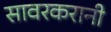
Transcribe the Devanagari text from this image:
सावरकरानी